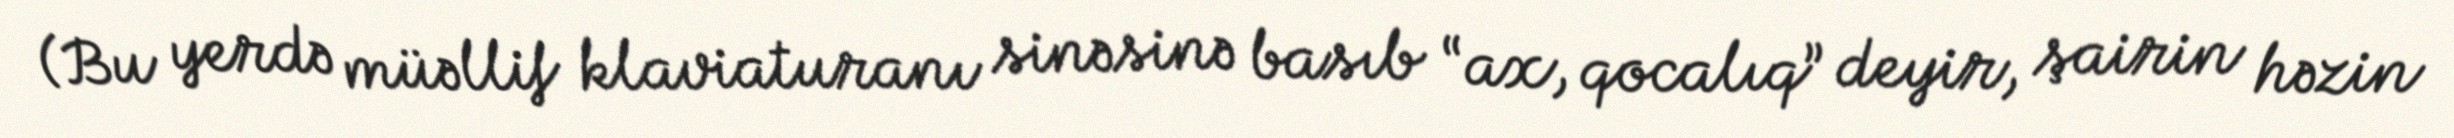
(Bu yerdə müəllif klaviaturanı sinəsinə basıb “ax, qocalıq” deyir, şairin həzin